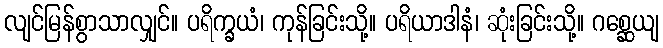
လျင်မြန်စွာသာလျှင်။ ပရိက္ခယံ၊ ကုန်ခြင်းသို့။ ပရိယာဒါနံ၊ ဆုံးခြင်းသို့။ ဂစ္ဆေယျ